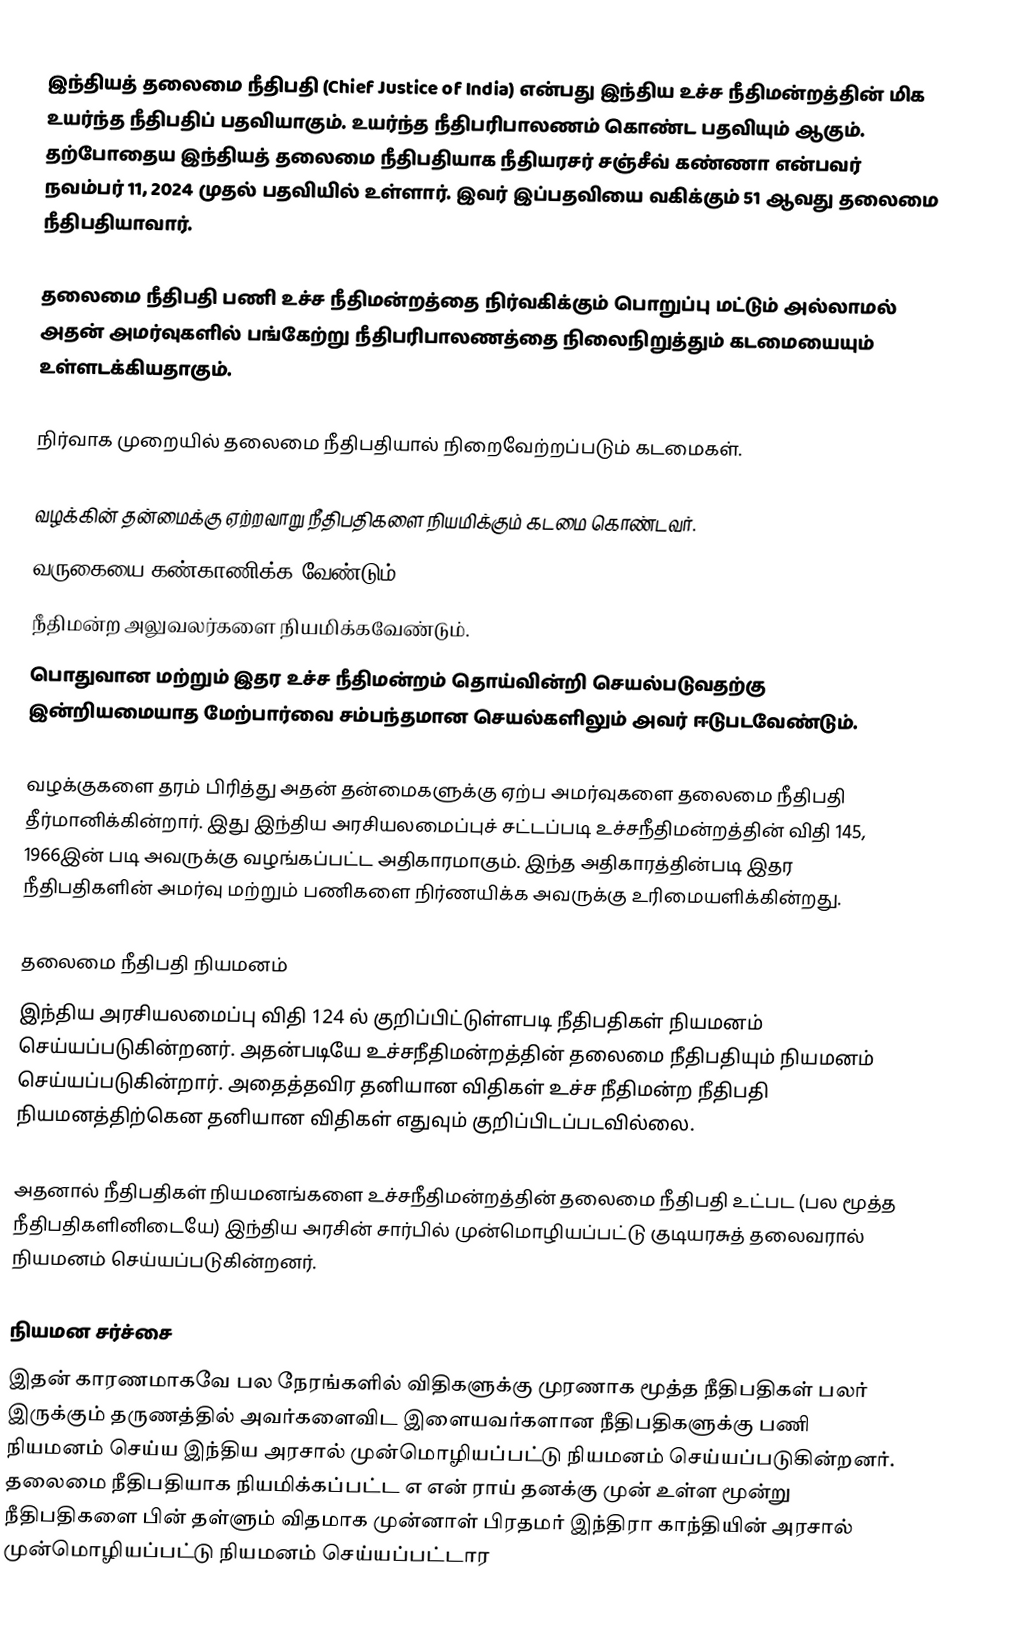
இந்தியத் தலைமை நீதிபதி (Chief Justice of India) என்பது இந்திய உச்ச நீதிமன்றத்தின் மிக உயர்ந்த நீதிபதிப் பதவியாகும். உயர்ந்த நீதிபரிபாலணம் கொண்ட பதவியும் ஆகும். தற்போதைய இந்தியத் தலைமை நீதிபதியாக நீதியரசர் சஞ்சீவ் கண்ணா என்பவர் நவம்பர் 11, 2024 முதல் பதவியில் உள்ளார். இவர் இப்பதவியை வகிக்கும் 51 ஆவது தலைமை நீதிபதியாவார்.

தலைமை நீதிபதி பணி உச்ச நீதிமன்றத்தை நிர்வகிக்கும் பொறுப்பு மட்டும் அல்லாமல் அதன் அமர்வுகளில் பங்கேற்று நீதிபரிபாலணத்தை நிலைநிறுத்தும் கடமையையும் உள்ளடக்கியதாகும்.

நிர்வாக முறையில் தலைமை நீதிபதியால் நிறைவேற்றப்படும் கடமைகள்.

 வழக்கின் தன்மைக்கு ஏற்றவாறு நீதிபதிகளை நியமிக்கும் கடமை கொண்டவர்.
 வருகையை கண்காணிக்க வேண்டும்.
 நீதிமன்ற அலுவலர்களை நியமிக்கவேண்டும்.
 பொதுவான மற்றும் இதர உச்ச நீதிமன்றம் தொய்வின்றி செயல்படுவதற்கு இன்றியமையாத மேற்பார்வை சம்பந்தமான செயல்களிலும் அவர் ஈடுபடவேண்டும்.

வழக்குகளை தரம் பிரித்து அதன் தன்மைகளுக்கு ஏற்ப அமர்வுகளை தலைமை நீதிபதி தீர்மானிக்கின்றார். இது இந்திய அரசியலமைப்புச் சட்டப்படி உச்சநீதிமன்றத்தின் விதி 145, 1966இன் படி அவருக்கு வழங்கப்பட்ட அதிகாரமாகும். இந்த அதிகாரத்தின்படி இதர நீதிபதிகளின் அமர்வு மற்றும் பணிகளை நிர்ணயிக்க அவருக்கு உரிமையளிக்கின்றது.

தலைமை நீதிபதி நியமனம்
இந்திய அரசியலமைப்பு விதி 124  ல் குறிப்பிட்டுள்ளபடி நீதிபதிகள் நியமனம் செய்யப்படுகின்றனர். அதன்படியே உச்சநீதிமன்றத்தின் தலைமை நீதிபதியும் நியமனம் செய்யப்படுகின்றார். அதைத்தவிர தனியான விதிகள் உச்ச நீதிமன்ற நீதிபதி நியமனத்திற்கென தனியான விதிகள் எதுவும் குறிப்பிடப்படவில்லை.

அதனால் நீதிபதிகள் நியமனங்களை உச்சநீதிமன்றத்தின் தலைமை நீதிபதி உட்பட (பல மூத்த நீதிபதிகளினிடையே) இந்திய அரசின் சார்பில் முன்மொழியப்பட்டு குடியரசுத் தலைவரால் நியமனம் செய்யப்படுகின்றனர்.

நியமன சர்ச்சை
இதன் காரணமாகவே பல நேரங்களில் விதிகளுக்கு முரணாக மூத்த நீதிபதிகள் பலர் இருக்கும் தருணத்தில் அவர்களைவிட இளையவர்களான நீதிபதிகளுக்கு பணி நியமனம் செய்ய இந்திய அரசால் முன்மொழியப்பட்டு நியமனம் செய்யப்படுகின்றனர். தலைமை நீதிபதியாக நியமிக்கப்பட்ட எ என் ராய் தனக்கு முன் உள்ள மூன்று நீதிபதிகளை பின் தள்ளும் விதமாக முன்னாள் பிரதமர் இந்திரா காந்தியின் அரசால் முன்மொழியப்பட்டு நியமனம் செய்யப்பட்டார